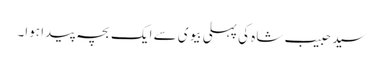
سید حبیب شاہ کی پہلی بیوی سے ایک بچہ پیدا ہوا۔